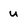
Character: u